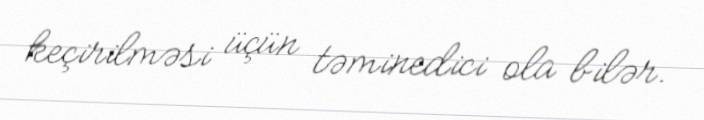
keçirilməsi üçün təminedici ola bilər.